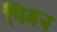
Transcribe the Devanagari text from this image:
पिगन